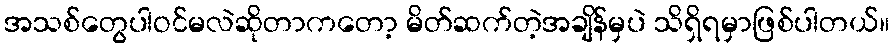
အသစ်တွေပါဝင်မလဲဆိုတာကတော့ မိတ်ဆက်တဲ့အချိန်မှပဲ သိရှိရမှာဖြစ်ပါတယ်။